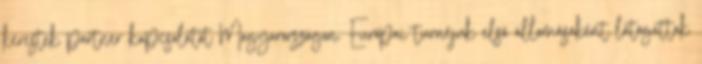
kerestek partner kapcsolatot Magyarországon. Európai turnéjuk első állomásaként látogattak